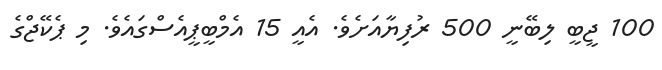
100 ޖީބީ ލިބޭނީ 500 ރުފިޔާއަށެވެ. އެއީ 15 އެމްބީޕީއެސްގައެވެ. މި ޕެކޭޖްގެ